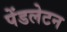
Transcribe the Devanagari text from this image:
पेंडलेटन